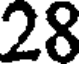
28